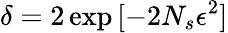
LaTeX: \delta=2\exp{[-2N_{s}\epsilon^{2}]}